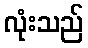
လုံးသည်